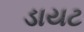
ડાયટ